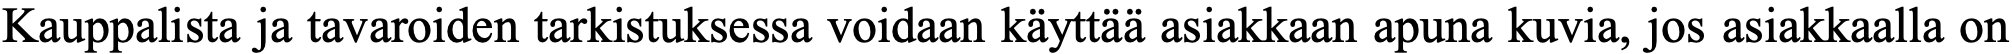
Kauppalista ja tavaroiden tarkistuksessa voidaan käyttää asiakkaan apuna kuvia, jos asiakkaalla on